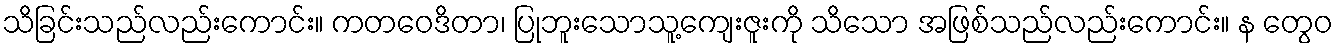
သိခြင်းသည်လည်းကောင်း။ ကတဝေဒိတာ၊ ပြုဘူးသောသူ့ကျေးဇူးကို သိသော အဖြစ်သည်လည်းကောင်း။ န တွေဝ